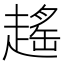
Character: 𧽎